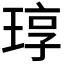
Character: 𬍳